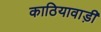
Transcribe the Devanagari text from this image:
काठियावाड़ी